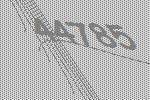
44785